Juri_Uluots, lk 59
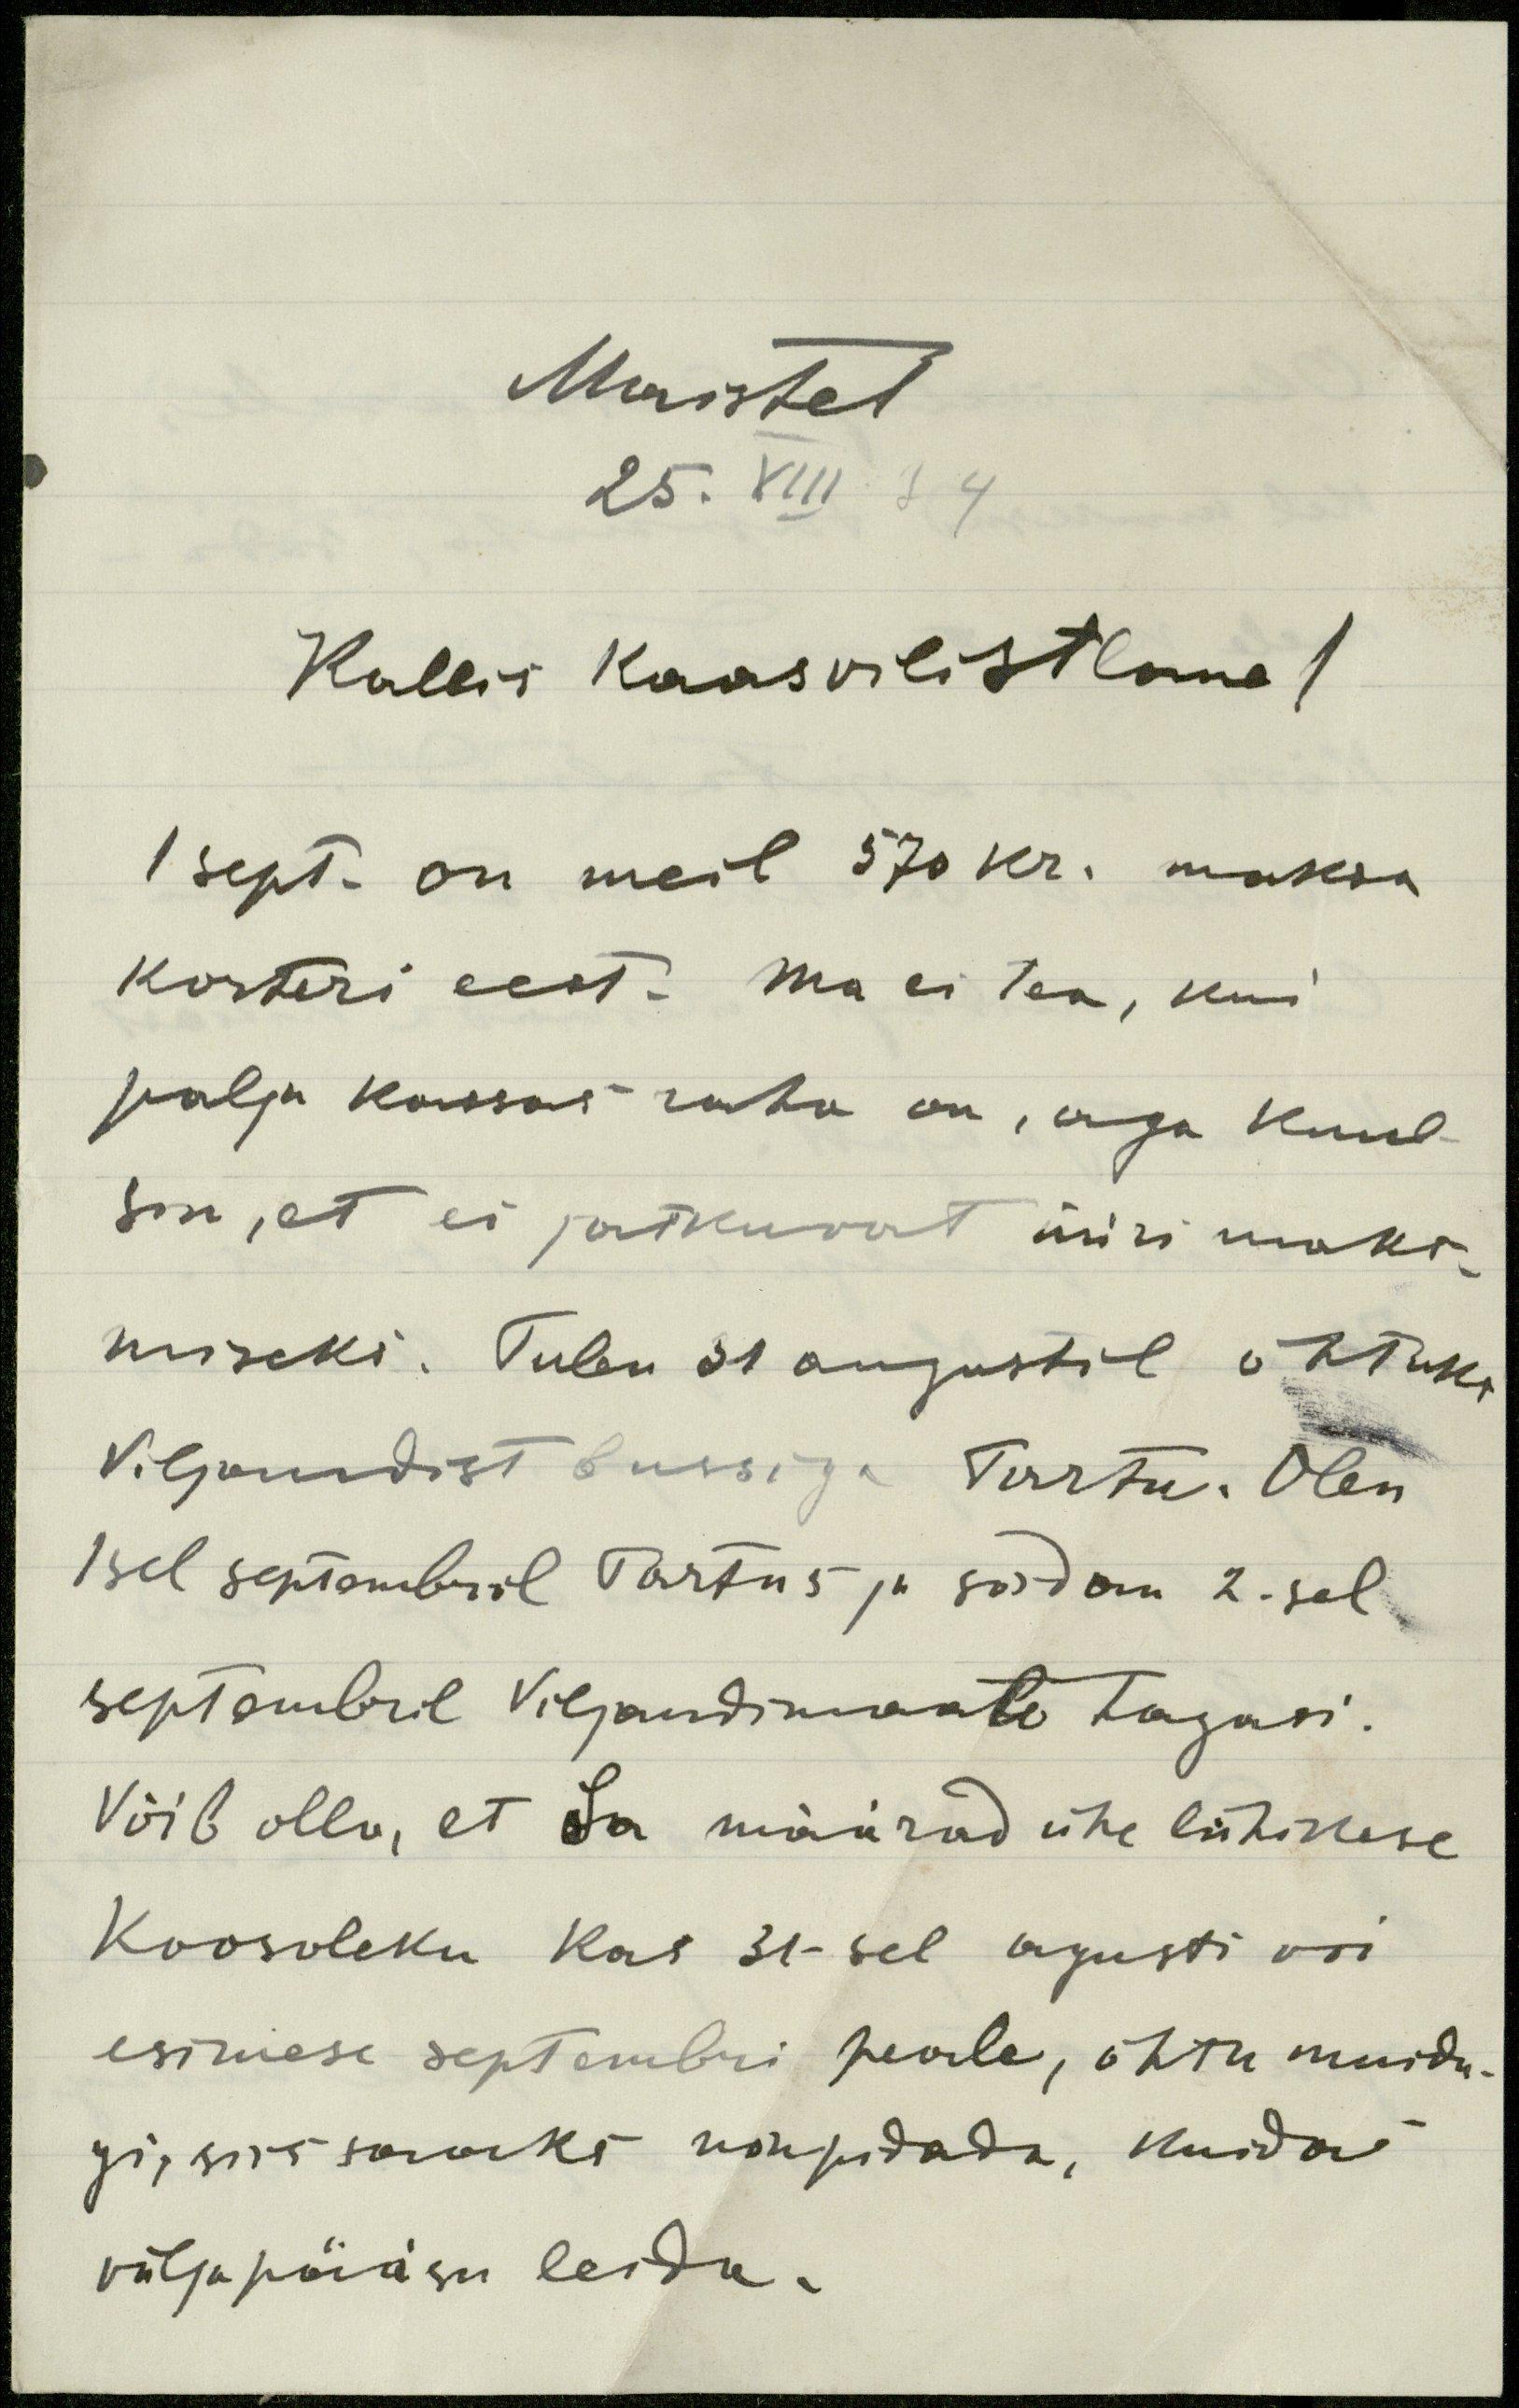
Maistel
25. VIII 34
Kallis kaasvilistlane!
1 sept. on meil 570 kr. maksa
korteri eest. Ma ei tea, kui
palju kassas raha on, aga kuul-
sin, et ei jatkuvat üüri maks-
miseks. Tulen 31 augustil õhtuks
Viljandist bussiga Tartu. Olen
1sel septembril Tartus ja sõidan 2. sel
septembril Viljandimaale tagasi.
Võib olla, et Sa määrad ühe lühikese
koosoleku kas 31-sel agusti voi
esimese septembri peale, õhtu muidu-
gi, siis saaks nõupidada, kuidas
väljapääsu leida.